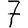
Digit: 7